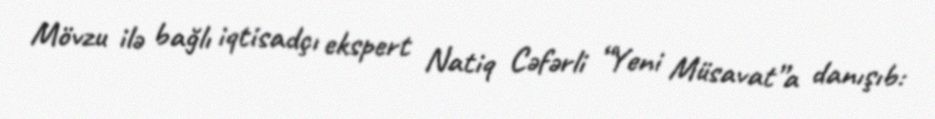
Mövzu ilə bağlı iqtisadçı ekspert Natiq Cəfərli “Yeni Müsavat”a danışıb: